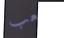
تتعب